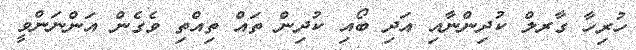
ހުރިހާ ގާރލް ކުދިންނާއި އަދި ބޯއި ކުދިން ތައް ތިއްތި ވެގެން އަންނަންވީ